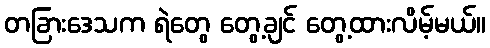
တခြားဒေသက ရဲတွေ တွေ့ချင် တွေ့ထားလိမ့်မယ်။